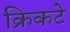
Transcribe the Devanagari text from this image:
क्रिकटे